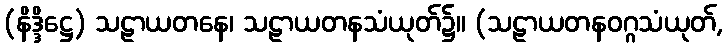
(နိဒ္ဒိဋ္ဌေ) သဠာယတနေ၊ သဠာယတနသံယုတ်၌။ (သဠာယတနဝဂ္ဂသံယုတ်,